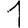
Digit: 1